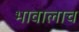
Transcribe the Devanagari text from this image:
भावालाच